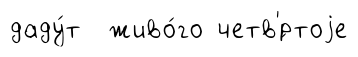
даду́т живо́го четв'́ртоjе